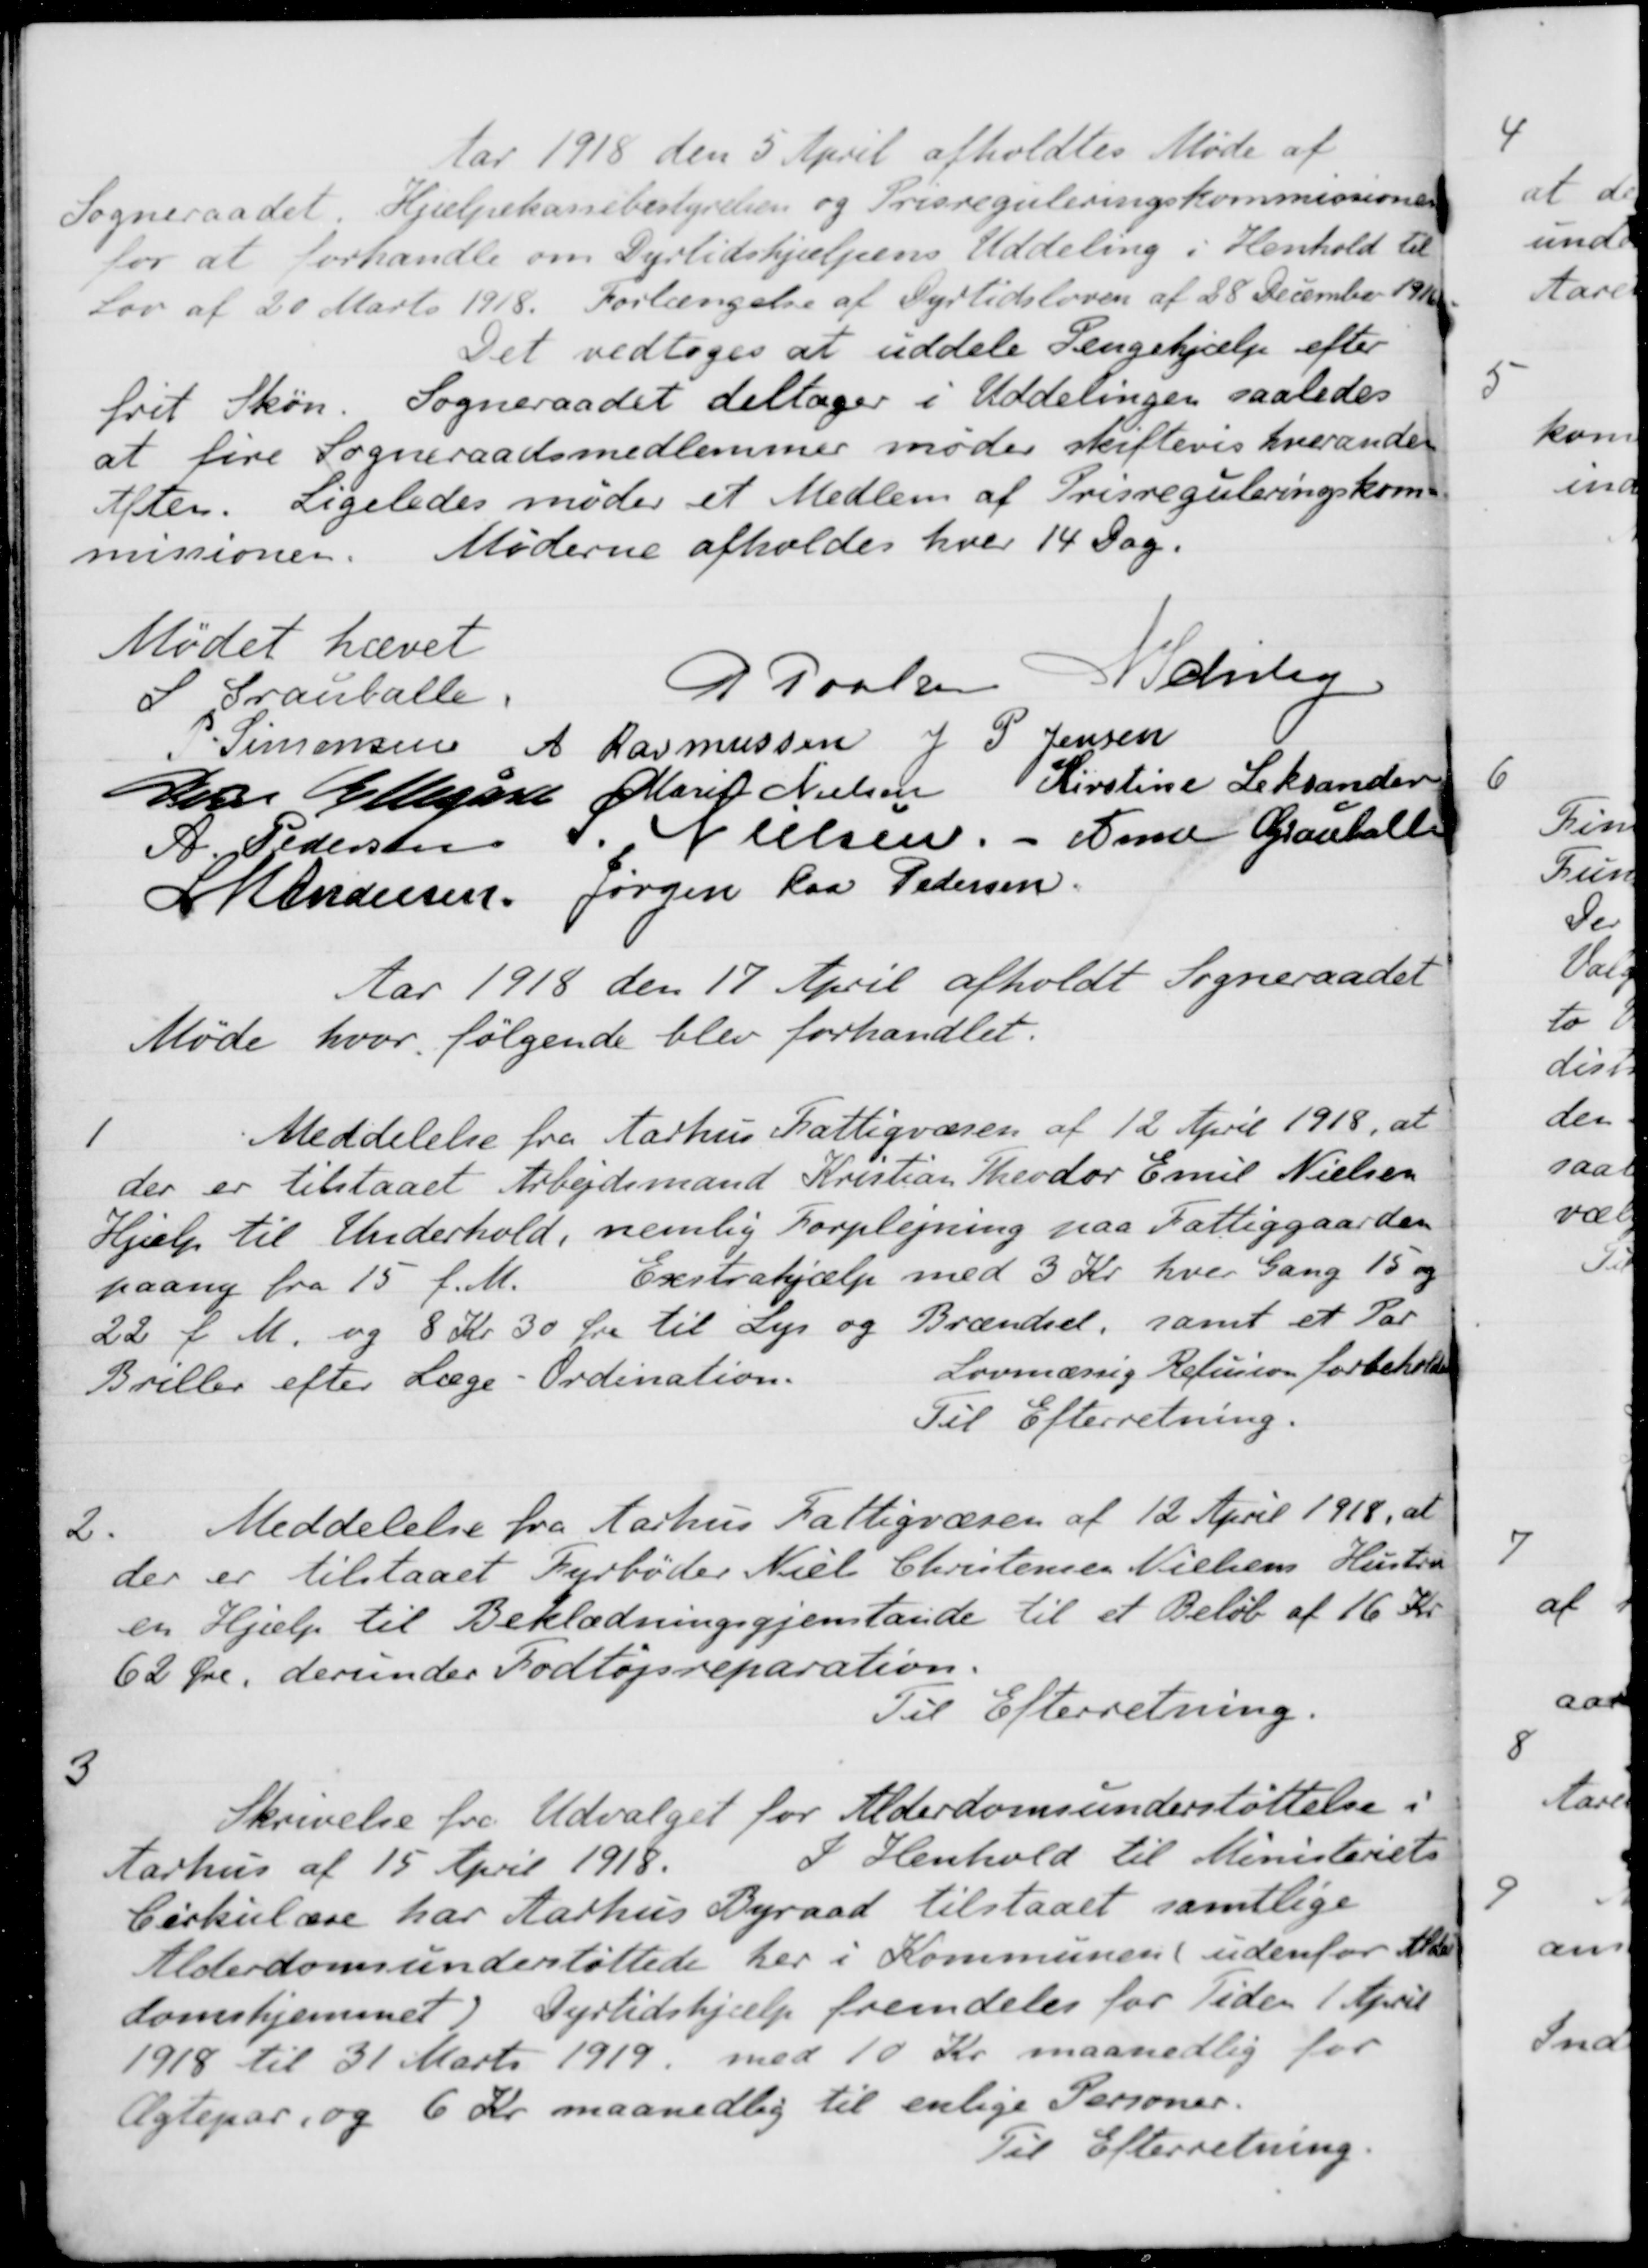
Transskription:
Aar 1918 den 5 April afholdtes Møde af
Sogneraadet. Hjælpekassebestyrelsen og Prisreguleringskommissionen
for at forhandle om Dyrtidshjælpens Uddeling i Henhold til
Lov af 20 Marts 1918. Forlængelse af Dyrtidsloven af 28 December 1916
Det vedtoges at uddele Pengehjælp efter
frit Skøn. Sogneraadet deltager i Uddelingen saaledes
at fire Sogneraadsmedlemmer møder skiftevis hveranden
Aften. Ligeledes møder et Medlem af Prisreguleringskom-
missionen. Møderne afholdes hver 14 Dag.
Mødet hævet
S Grauballe.
P Poulsen
N Schiby
P Simonsen
A Rasmussen
J P Jensen
Peter Ellegård
Marie Nielsen
Kirstine Leksander
A. Pedersen
S. Nielsen.
xxx Grauballe
L M Andersen
 Jørgen Kaa Pedersen
Aar 1918 den 17 April afholdt Sogneraadet
Møde hvor følgende blev forhandlet.
1
Meddelelse fra Aarhus Fattigvæsen af 12 April 1918, at
der er tilstaaet Arbejdsmand Kristian Theodor Emil Nielsen
Hjælp til Underhold, nemlig Forplejning paa Fattiggaarden
paany fra 15 f. M. Exstrahjælp med 3 Kr. hver Gang 15 og
22 f. M. og 8 Kr 30 Øre til Lys og Brændsel, samt et Par
Briller efter Læge-Ordination.
Lovmæssig Refusion forbeholdes
Til Efterretning.
2.
Meddelelse fra Aarhus Fattigvæsen af 12 April 1918, at
der er tilstaaet Fyrbøder Niels Christensen Nielsens Hustru
en Hjælp til Beklædningsgjenstande til et Beløb af 16 Kr.
62 Øre, derunder Fodtøjsreparation
Til Efterretning.
3
Skrivelse fra Udvalget for Alderdomsunderstøttelse i
Aarhus af 15 April 1918
I Henhold til Ministeriets
Cirkulære har Aarhus Byraad tilstaaet samtlige
Alderdomsunderstøttede her i Kommunen( udenfor Alder-
domshjemmet). Dyrtidshjælp fremdeles for Tiden 1 April
1918 til 31 Marts 1919 med 10 Kr maanedlig for
Ægtepar, og 6 Kr. maanedlig til enlige Personer.
Til Efterretning.